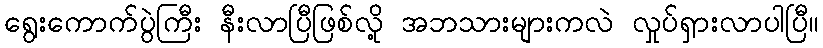
ရွေးကောက်ပွဲကြီး နီးလာပြီဖြစ်လို့ အဘသားများကလဲ လှုပ်ရှားလာပါပြီ။